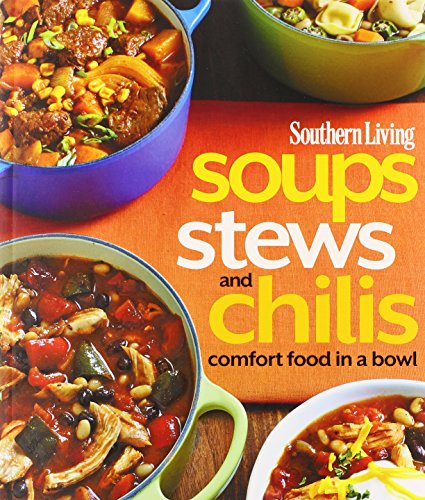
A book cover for Southern Living Soups, Stews and Chilis: Comfort Food in a Bowl (Southern Living (Paperback Oxmoor)); The Editors of Southern Living Magazine; Cookbooks, Food & Wine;